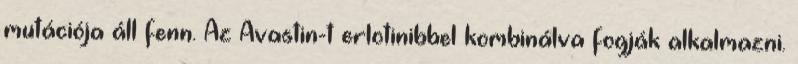
mutációja áll fenn. Az Avastin-t erlotinibbel kombinálva fogják alkalmazni.